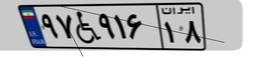
۹۷W۹۱۶۱۸